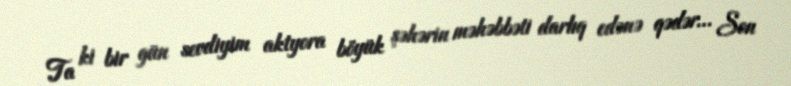
Ta ki bir gün sevdiyim aktyora böyük şəhərin məhəbbəti darlıq edənə qədər… Son